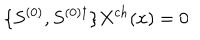
\{ S ^ { ( 0 ) } , S ^ { ( 0 ) \dagger } \} X ^ { c h } ( x ) = 0